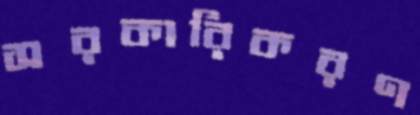
সরকারিকরণ